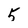
Character: 5